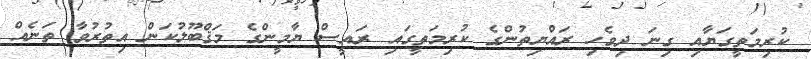
ކުރިމަތީގަޔާއި ގިނަ ދިވެހި ރައްޔިތުންގެ ކުރިމަތީގައި ރައީސް ޔާމީންގެ މަޤްބޫލުކަން އިތުރުވާ ތަނެއް